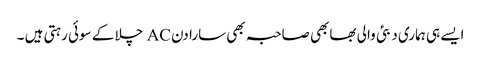
ایسے ہی ہماری دبئی والی بھابھی صاحبہ بھی سارا دن AC چلا کے سوئی رہتی ہیں ۔